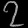
Digit: ၇